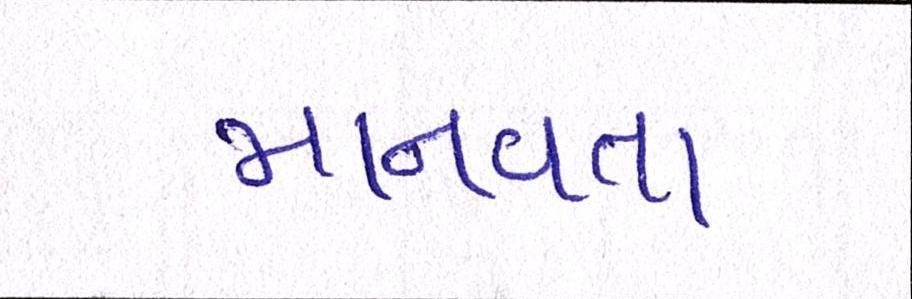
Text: માનવતા